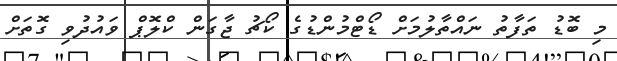
މި ބޮޑު ތަފާތު ނައްތާލުމަށް ޑޯޓްމުންޑުގެ ކޯޗު ޖާގަން ކްލޮޕް ވައުދުވި ގޮތަށް